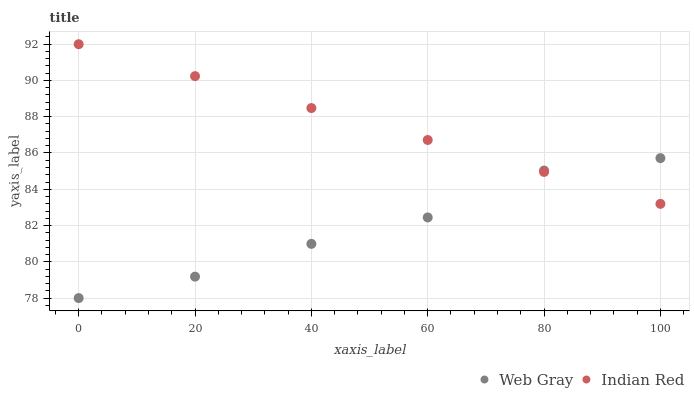
| xaxis_label | Web Gray | Indian Red |
 | --- | --- | --- |
 | 0 | 78 | 92 |
 | 20 | 79.2 | 90.2 |
 | 40 | 81 | 88.5 |
 | 60 | 82.4 | 86.7 |
 | 80 | 85 | 85 |
 | 100 | 85.7 | 83.2 |